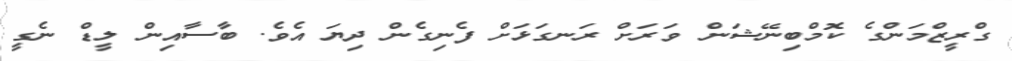
ގްރީޒްމަންގެ ކޮމްބިނޭޝަން ވަރަށް ރަނގަޅަށް ފެނިގެން ދިޔަ އެވެ. ބާސާއިން ލީޑް ނެގީ